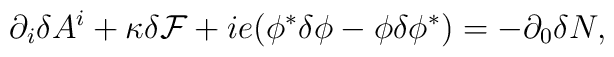
\partial_i \delta A^i +\kappa {\cal \delta F}+ie(\phi^* \delta \phi -\phi \delta \phi^*) = -\partial_0\delta N,